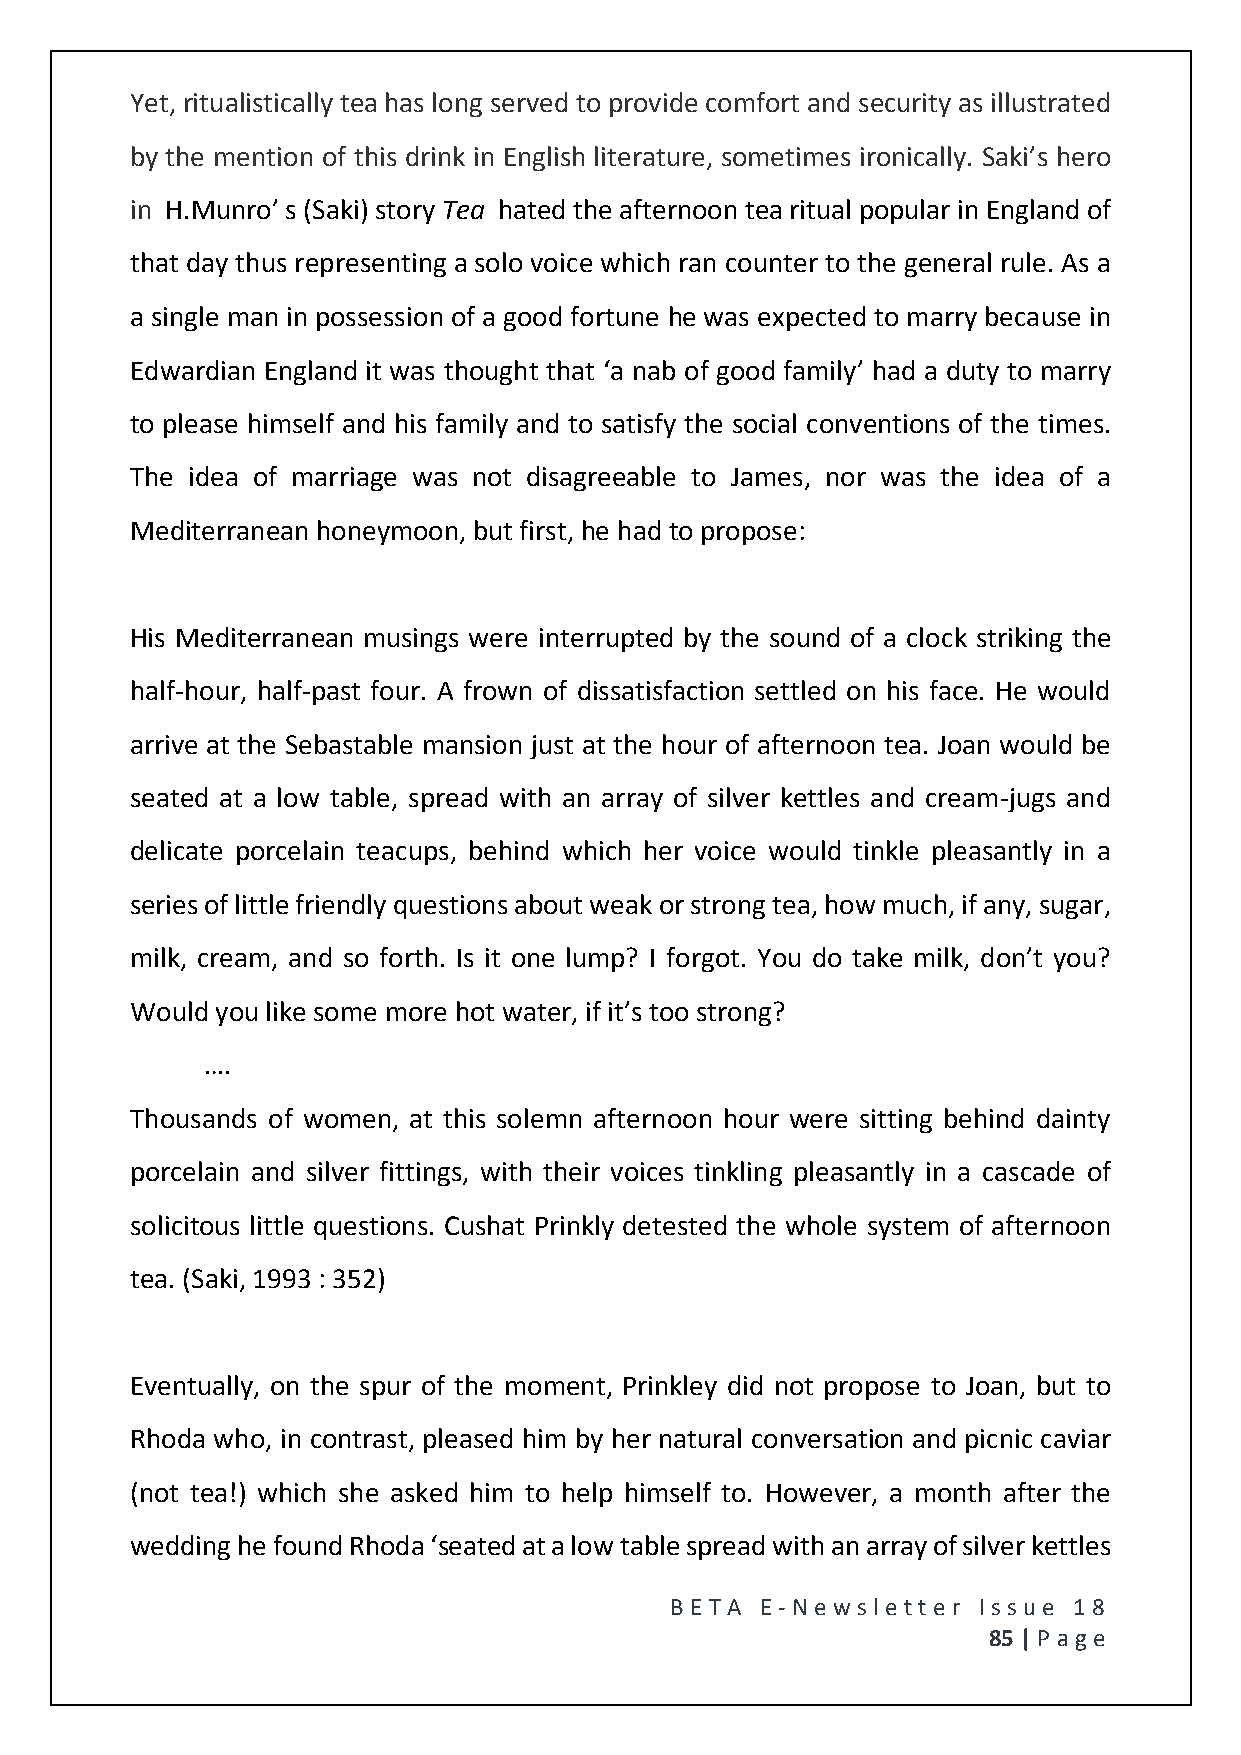
Yet, ritualistically tea has long served to provide comfort and security as illustrated
 by the mention of this drink in English literature, sometimes ironically. Saki’s hero
 in H.Munro’ s (Saki) story Tea hated the afternoon tea ritual popular in England of
 that day thus representing a solo voice which ran counter to the general rule. As a
 a single man in possession of a good fortune he was expected to marry because in
 Edwardian England it was thought that ‘a nab of good family’ had a duty to marry
 to please himself and his family and to satisfy the social conventions of the times.
 The idea of marriage was not disagreeable to James, nor was the idea of a
 Mediterranean honeymoon, but first, he had to propose:
 His Mediterranean musings were interrupted by the sound of a clock striking the
 half-hour, half-past four. A frown of dissatisfaction settled on his face. He would
 arrive at the Sebastable mansion just at the hour of afternoon tea. Joan would be
 seated at a low table, spread with an array of silver kettles and cream-jugs and
 delicate porcelain teacups, behind which her voice would tinkle pleasantly in a
 series of little friendly questions about weak or strong tea, how much, if any, sugar,
 milk, cream, and so forth. Is it one lump? I forgot. You do take milk, don’t you?
 Would you like some more hot water, if it’s too strong?
 ….
 Thousands of women, at this solemn afternoon hour were sitting behind dainty
 porcelain and silver fittings, with their voices tinkling pleasantly in a cascade of
 solicitous little questions. Cushat Prinkly detested the whole system of afternoon
 tea. (Saki, 1993 : 352)
 Eventually, on the spur of the moment, Prinkley did not propose to Joan, but to
 Rhoda who, in contrast, pleased him by her natural conversation and picnic caviar
 (not tea!) which she asked him to help himself to. However, a month after the
 wedding he found Rhoda ‘seated at a low table spread with an array of silver kettles
 BE T A E -N e wsle tt e r Issue 18
 85 | P age